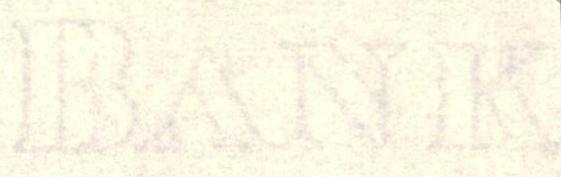
BANK